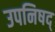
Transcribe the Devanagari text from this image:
उपनिषद्‍